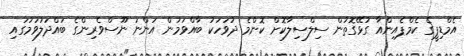
އެމްޑިޕީގެ ކެމްޕެއިންއާ ގުޅޭގޮތުން ސިލްސިލާކޮށް ކޮންމެ ދުވަހަކު ބާއްވަމުން އަންނަ ނޫސްވެރިންގެ ބައްދަލުވުމުގައި